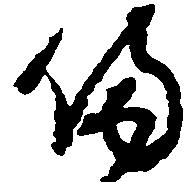
備